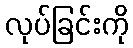
လုပ်ခြင်းကို